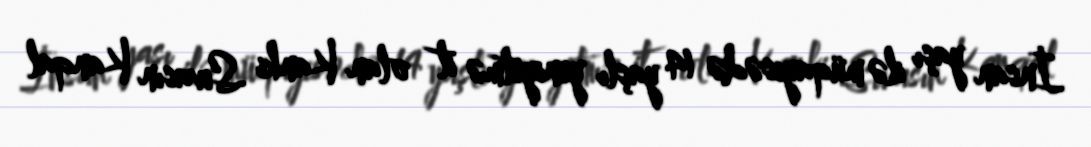
İnsan yaşı ilə müqayisədə 14 yaşlı yeniyetmə it olan Kanki Sivasın Kanqal